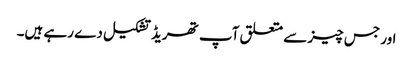
اور جس چیز سے متعلق آپ تھریڈ تشکیل دے رہے ہیں۔